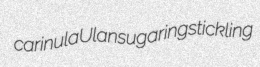
carinula Ulan sugarings tickling